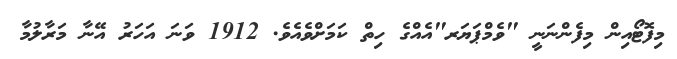
މިފޮޓޯއިން މިފެންނަނީ "ވެމްޕަޔަރ"އެއްގެ ހިތް ކަމަށްވެއެވެ. 1912 ވަނަ އަހަރު އޭނާ މަރާލުމާ